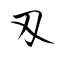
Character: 刄